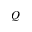
Q